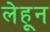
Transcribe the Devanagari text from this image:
लेहून